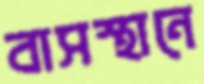
বাসস্থানে